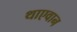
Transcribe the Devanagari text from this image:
थाएवान